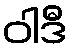
ဝါဒီ